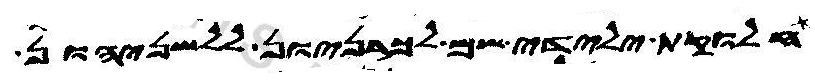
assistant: חלוקת ילידי שם לכרניון ללשניהון